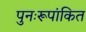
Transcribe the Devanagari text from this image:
पुनःरूपांकित